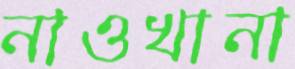
নাওখানা